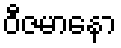
ဝီဇမာနော